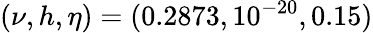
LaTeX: (\nu,h,\eta)=(0.2873,10^{-20},0.15)